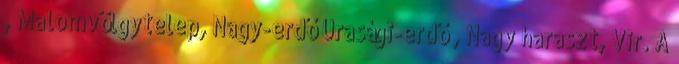
, Malomvölgytelep, Nagy-erdő Urasági-erdő , Nagy haraszt, Vir. A